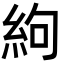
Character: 絇